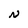
Character: N